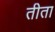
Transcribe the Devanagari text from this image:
तीता